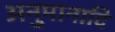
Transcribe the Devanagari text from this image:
अनुमानादि